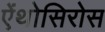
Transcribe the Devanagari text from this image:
ऐंथोसिरोस